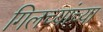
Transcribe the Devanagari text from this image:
गिलच्यांच्या